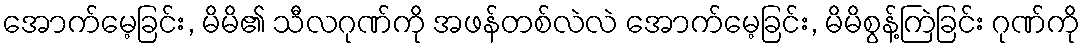
အောက်မေ့ခြင်း, မိမိ၏ သီလဂုဏ်ကို အဖန်တစ်လဲလဲ အောက်မေ့ခြင်း, မိမိစွန့်ကြဲခြင်း ဂုဏ်ကို